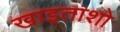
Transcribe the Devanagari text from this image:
खाइताशो